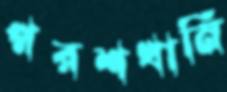
পরশখানি